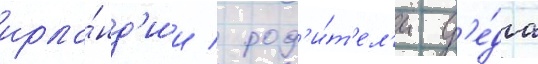
ирла́нд'ии / род'и́т'ел'и д'е́да